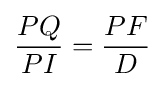
{\frac {PQ}{PI}}={\frac {PF}{D}}